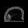
Digit: ၈